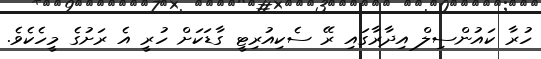
ހުރާ ކައުންސިލް އިދާރާގައި ރޭ ސެކިއުރިޓީ ގާޑަކަށް ހުރީ އެ ރަށުގެ މީހެކެވެ.